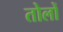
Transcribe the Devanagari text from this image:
तोलों